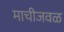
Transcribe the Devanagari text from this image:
माचीजवळ